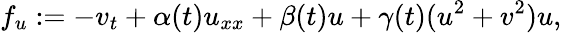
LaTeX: f_{u}:=-v_{t}+\alpha(t)u_{xx}+\beta(t)u+\gamma(t)(u^{2}+v^{2})u,